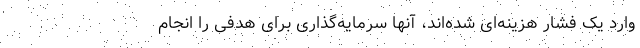
وارد یک فشار هزینه‌ای شده‌اند، آنها سرمایه‌گذاری برای هدفی را انجام